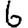
Digit: 6